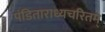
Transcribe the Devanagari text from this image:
पंडिताराध्यचरितम्